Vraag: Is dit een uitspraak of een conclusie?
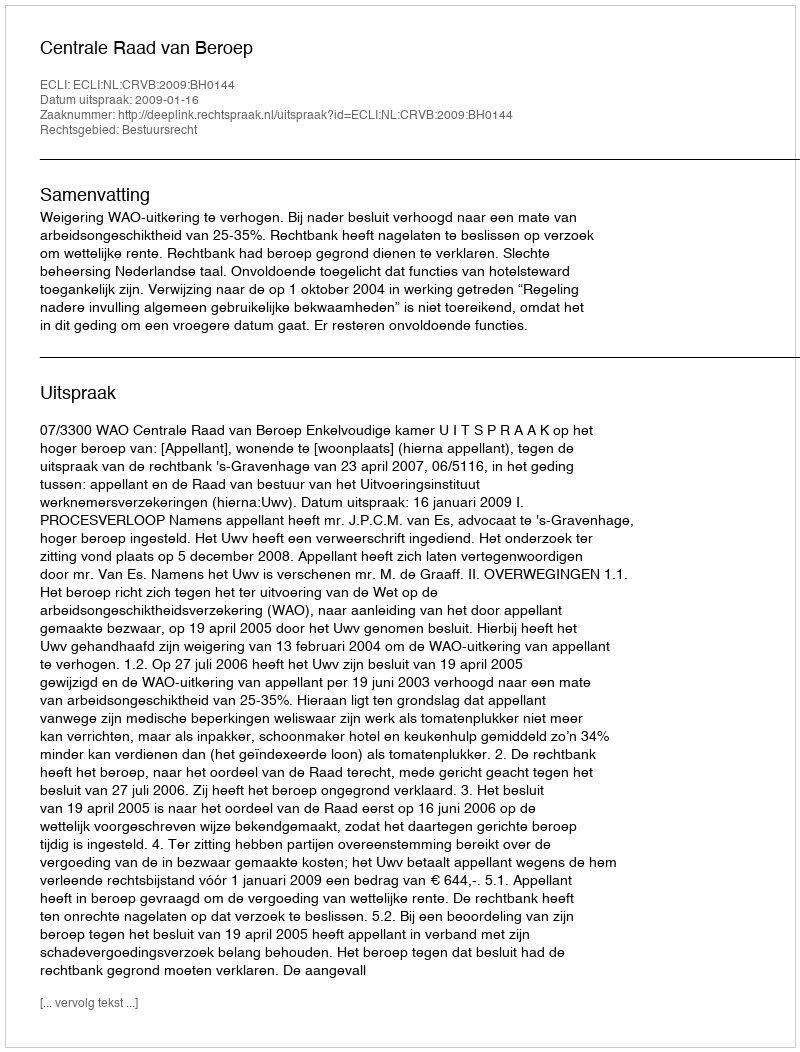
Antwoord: Uitspraak